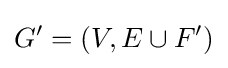
G'=(V,E\cup F')